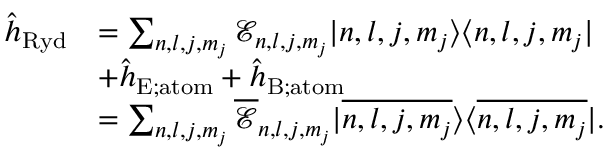
\begin{array} { r l } { \hat { h } _ { \mathrm { R y d } } } & { = \sum _ { n , l , j , m _ { j } } \mathcal { E } _ { n , l , j , m _ { j } } | n , l , j , m _ { j } \rangle \langle n , l , j , m _ { j } | } \\ & { + \hat { h } _ { \mathrm { E ; a t o m } } + \hat { h } _ { \mathrm { B ; a t o m } } } \\ & { = \sum _ { n , l , j , m _ { j } } \overline { { \mathcal { E } } } _ { n , l , j , m _ { j } } | \overline { { n , l , j , m _ { j } } } \rangle \langle \overline { { n , l , j , m _ { j } } } | . } \end{array}